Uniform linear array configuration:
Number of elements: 48
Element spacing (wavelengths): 1
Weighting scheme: uniform
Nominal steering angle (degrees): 15
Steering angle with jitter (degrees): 13.173
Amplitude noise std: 0.05
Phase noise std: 0.05

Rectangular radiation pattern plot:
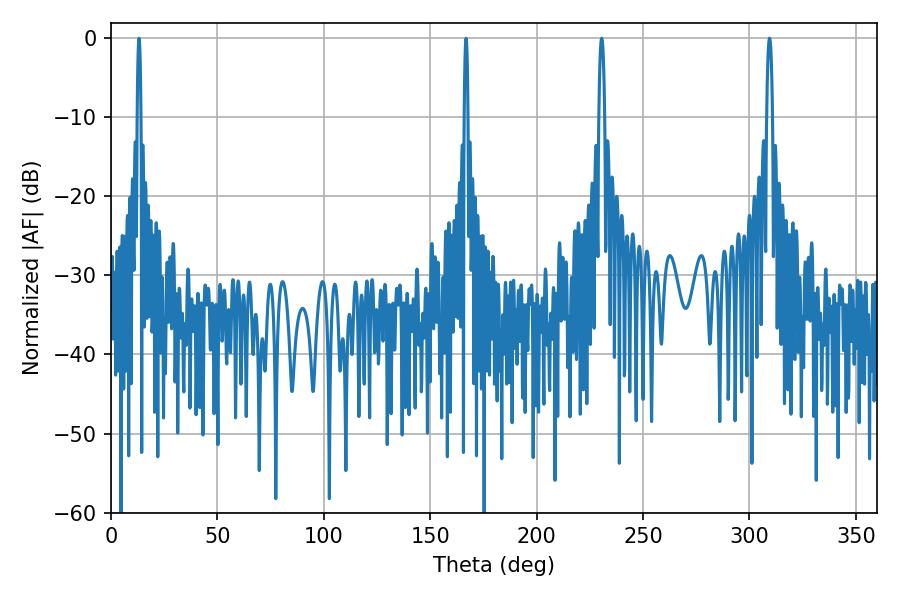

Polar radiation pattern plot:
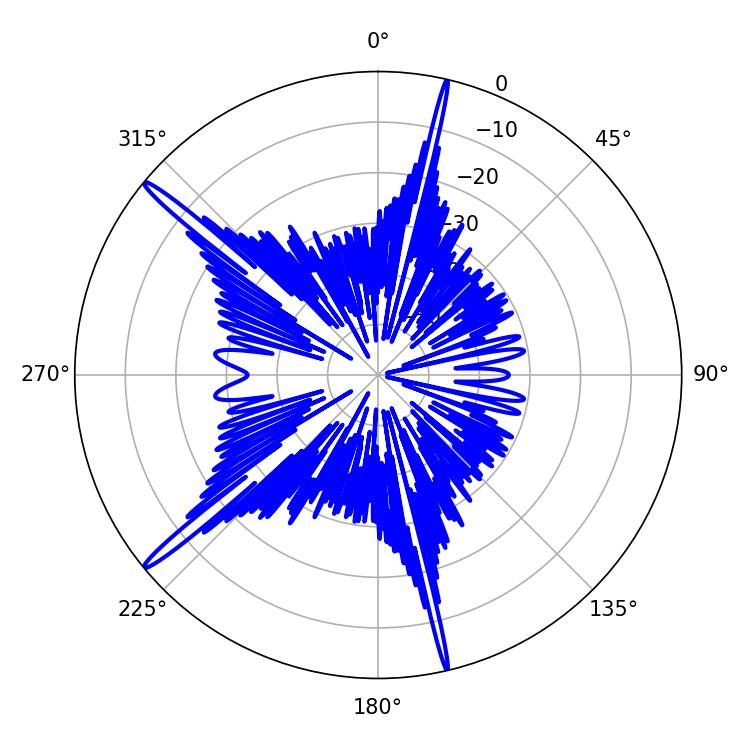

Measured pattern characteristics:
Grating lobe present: TRUE
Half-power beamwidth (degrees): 1.44
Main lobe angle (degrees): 309.42